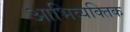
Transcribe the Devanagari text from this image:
आभिव्यक्तिक